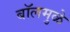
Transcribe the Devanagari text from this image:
बॉलमुळे